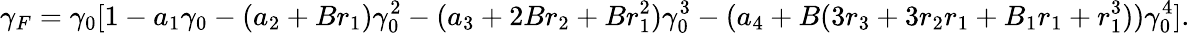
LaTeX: \gamma_{F}=\gamma_{0}[1-a_{1}\gamma_{0}-(a_{2}+Br_{1})\gamma_{0}^{2}-(a_{3}+2Br_{2}+Br_{1}^{2})\gamma_{0}^{3}-(a_{4}+B(3r_{3}+3r_{2}r_{1}+B_{1}r_{1}+r_{1}^{3}))\gamma_{0}^{4}].